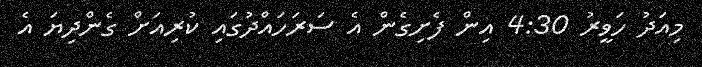
މިއަދު ހަވީރު 4:30 އިން ފެށިގެން އެ ސަރަހައްދުގައި ކުރިއަށް ގެންދިޔަ އެ